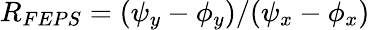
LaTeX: R_{FEPS}=(\psi_{y}-\phi_{y})/(\psi_{x}-\phi_{x})